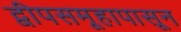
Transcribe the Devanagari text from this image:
द्वीपसमूहापासून